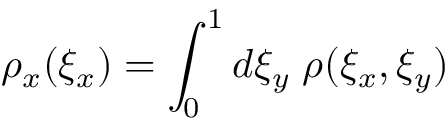
\rho _ { x } ( \xi _ { x } ) = \int _ { 0 } ^ { 1 } d \xi _ { y } \; \rho ( \xi _ { x } , \xi _ { y } )